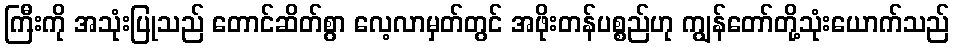
ကြီးကို အသုံးပြုသည် တောင်ဆိတ်စွာ လေ့လာမှတ်တွင် အဖိုးတန်ပစ္စည်ဟု ကျွန်တော်တို့သုံးယောက်သည်